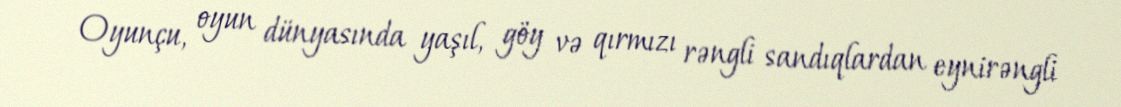
Oyunçu, oyun dünyasında yaşıl, göy və qırmızı rəngli sandıqlardan eynirəngli